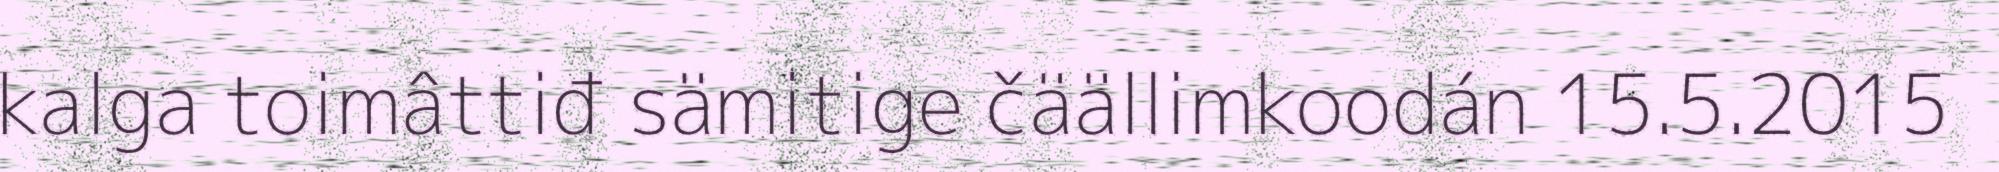
kalga toimâttiđ sämitige čäällimkoodán 15.5.2015